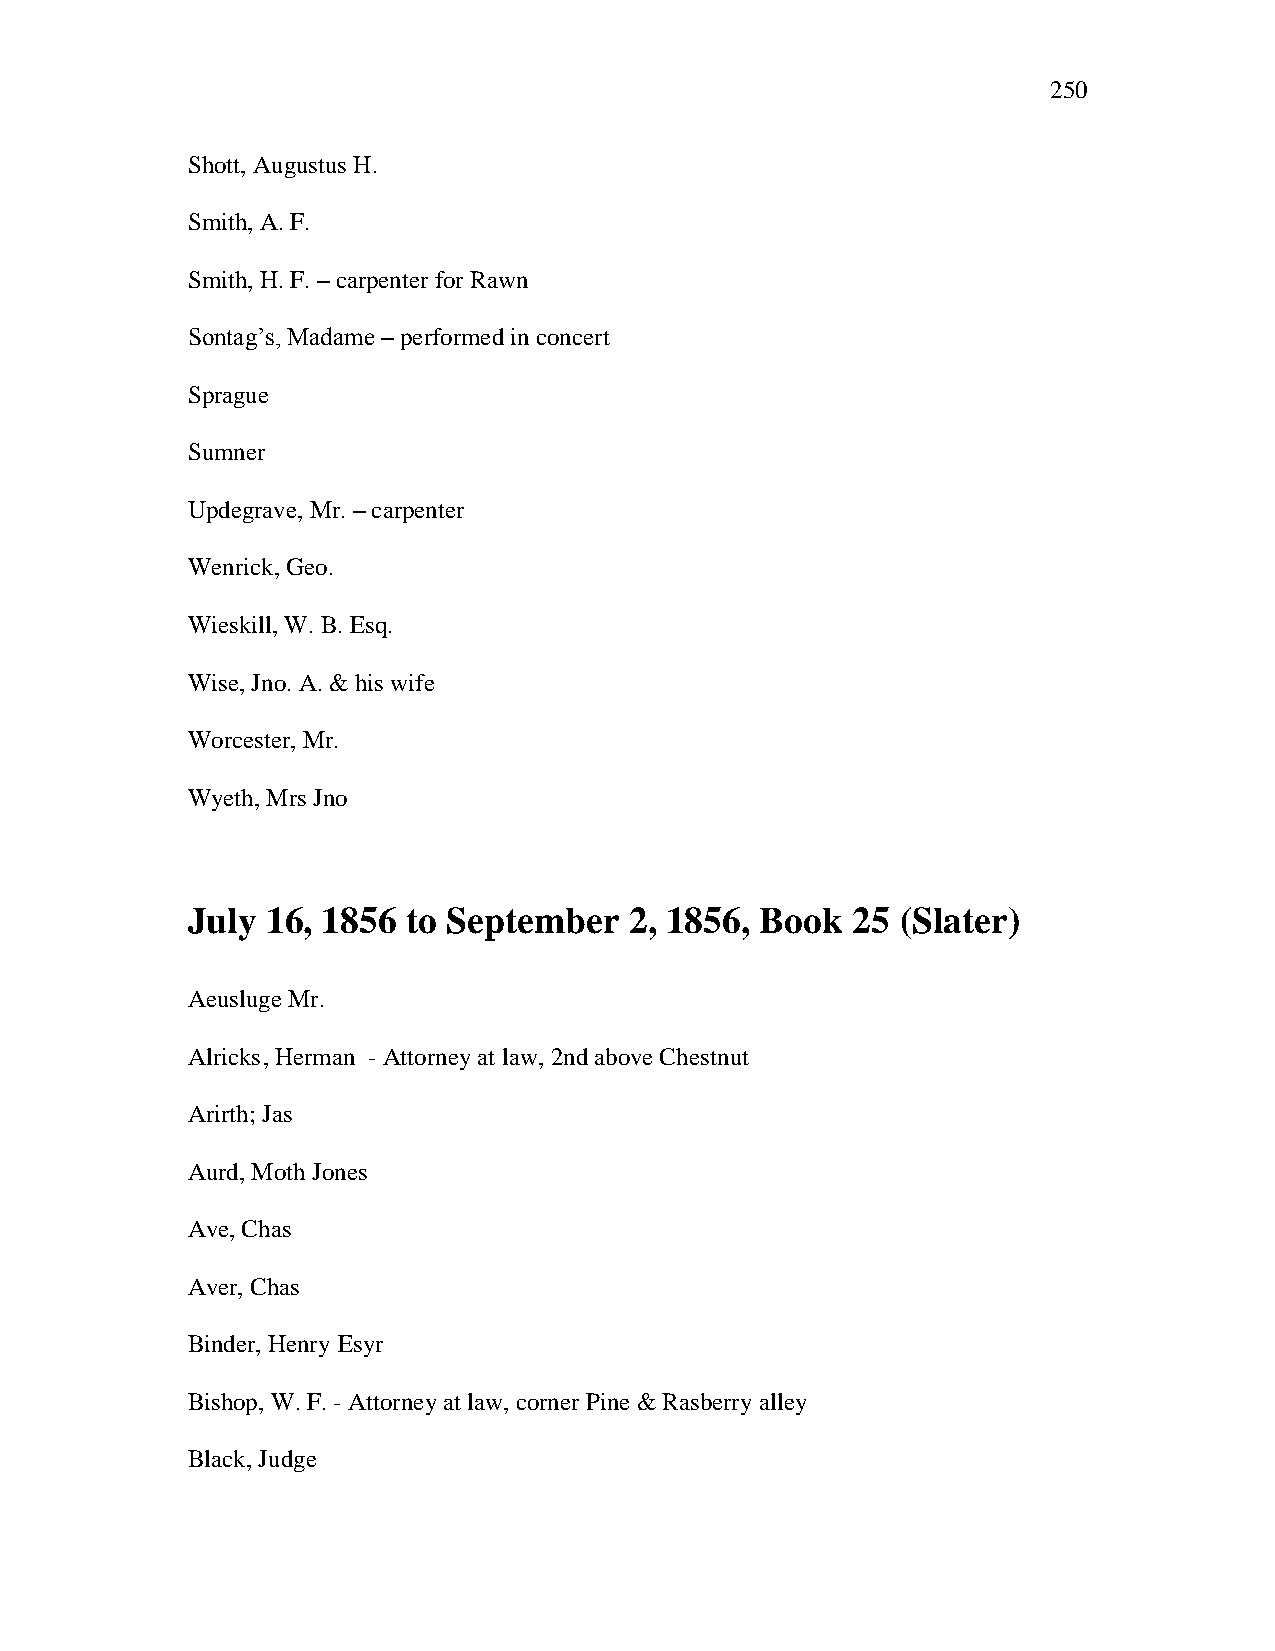
250
 Shott, Augustus H.
 Smith, A. F.
 Smith, H. F. – carpenter for Rawn
 Sontag‘s, Madame – performed in concert
 Sprague
 Sumner
 Updegrave, Mr. – carpenter
 Wenrick, Geo.
 Wieskill, W. B. Esq.
 Wise, Jno. A. & his wife
 Worcester, Mr.
 Wyeth, Mrs Jno
 July  16, 1856 to September   2, 1856, Book 25  (Slater)
 Aeusluge Mr.
 Alricks , Herman - Attorney at law, 2nd above Chestnut
 Arirth; Jas
 Aurd, Moth Jones
 Ave, Chas
 Aver, Chas
 Binder, Henry Esyr
 Bishop, W. F. - Attorney at law, corner Pine & Rasberry alley
 Black, Judge